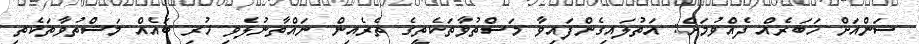
ސަންއަށް ޚަބަރެއް ދެއްވުމަށް: އަތުލައިގެންފައިވާ މަސްތުވާތަކެތީގެ ތެރެއިން ނައްތާނުލެވި ހުރި ބައެއް މަސްތުވާތަކެތި